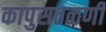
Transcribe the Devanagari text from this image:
कापुसतळणी